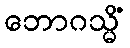
ဘောဂသ္မိံ